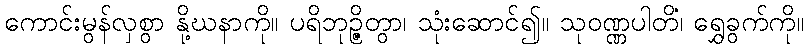
ကောင်းမွန်လှစွာ နို့ဃနာကို။ ပရိဘုဉ္ဇိတွာ၊ သုံးဆောင်၍။ သုဝဏ္ဏပါတိံ၊ ရွှေခွက်ကို။